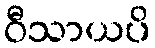
ဝီသာယပိ